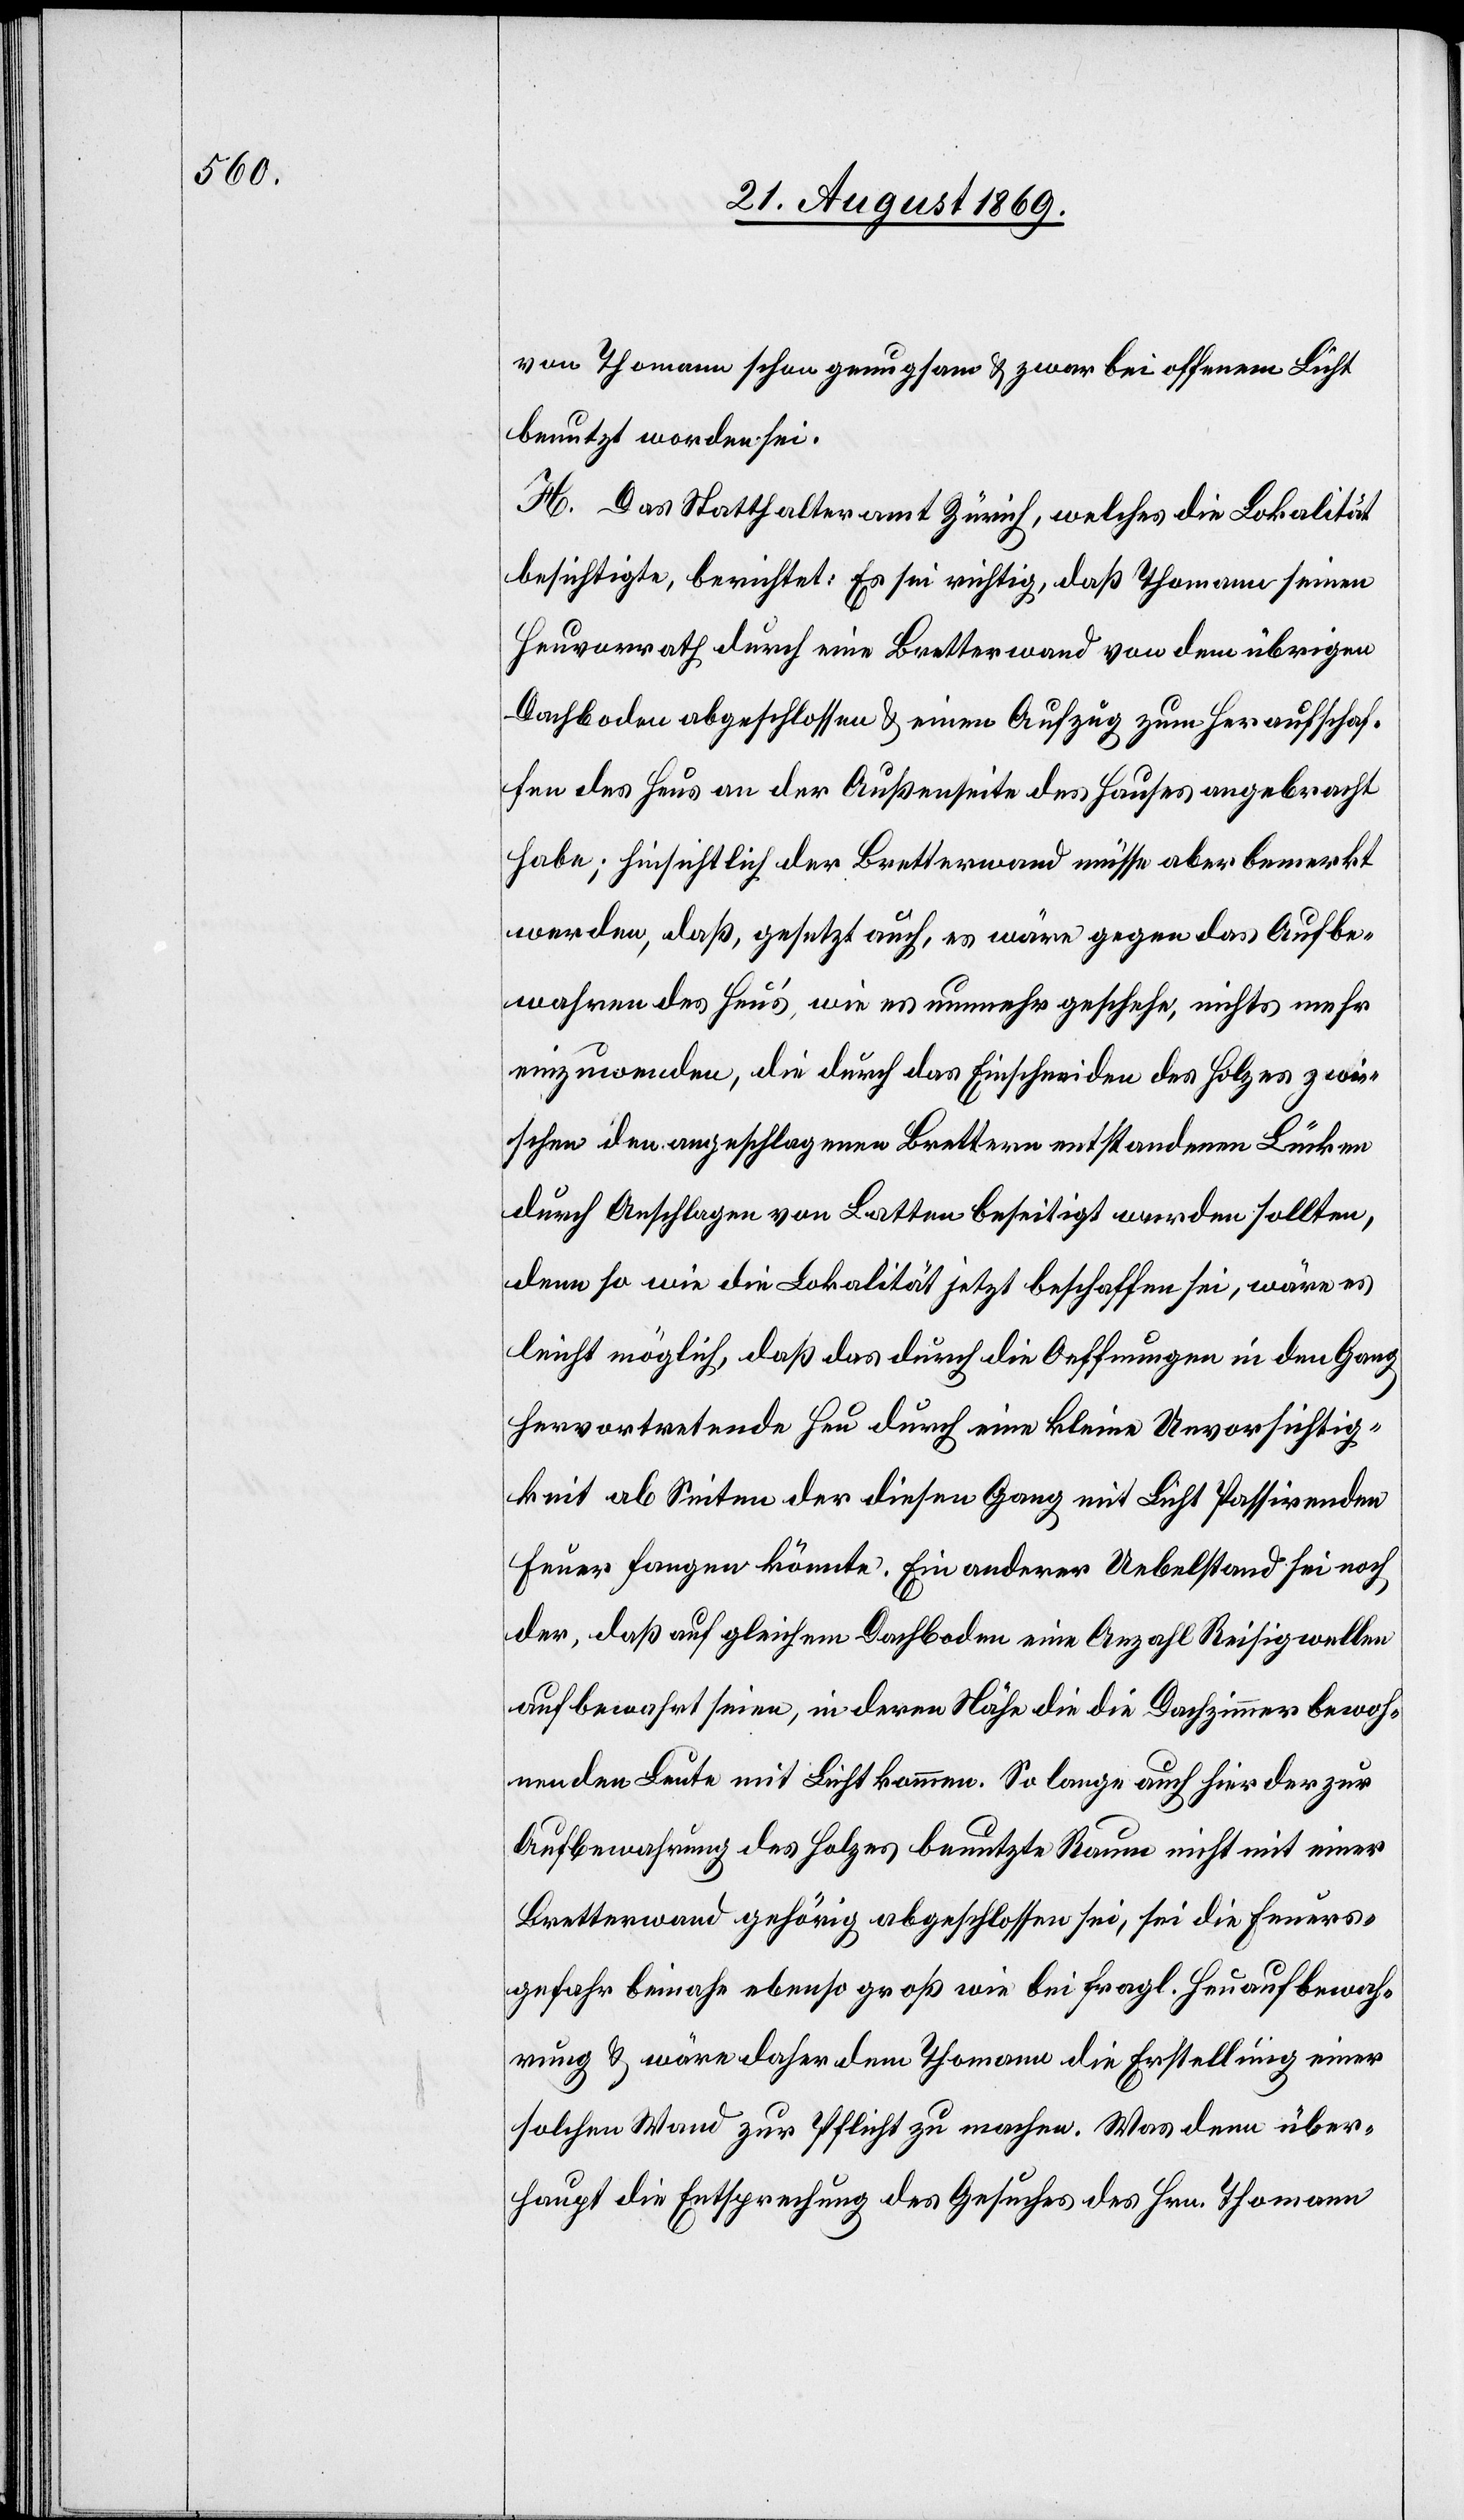
von Thomann schon genugsam & zwar bei offenem Licht
benutzt worden sei.
H. Das Statthalteramt Zürich, welches die Lokalität
besichtigte, berichtet: Es sei richtig, daß Thomann seinen
Heuvorrath durch eine Bretterwand von dem übrigen
Dachboden abgeschlossen & einen Aufzug zum Heraufschaf¬
fen des Heus an der Außenseite des Hauses angebracht
habe; hinsichtlich der Bretterwand müsse aber bemerkt
werden, daß, gesetzt auch, es wäre gegen das Aufbe¬
wahren des Heus’, wie es nunmehr geschehe, nichts mehr
einzuwenden, die durch das Einschneiden des Holzes zwi¬
schen den angeschlagenen Brettern entstandenen Lücken
durch Anschlagen von Latten beseitigt werden sollten,
denn so wie die Lokalität jetzt beschaffen sei, wäre es
leicht möglich, daß das durch die Oeffnungen in den Gang
hervortretende Heu durch eine kleine Unvorsichtig¬
keit ab Seiten der diesen Gang mit Licht Passirenden
Feuer fangen könnte. Ein anderer Uebelstand sei noch
der, daß auf gleichem Dachboden eine Anzahl Reisigwellen
aufbewahrt seien, in deren Nähe die die Dachzimmer bewoh¬
nenden Leute mit Licht kommen. So lange auch hier der zur
Aufbewahrung des Holzes benutzte Raum nicht mit einer
Bretterwand gehörig abgeschlossen sei, sei die Feuers¬
gefahr beinahe ebenso groß wie bei fragl. Heuaufbewah¬
rung & wäre daher dem Thomann die Erstellung einer
solchen Wand zur Pflicht zu machen. Was denn über¬
haupt die Entsprechung des Gesuches des Hrn. Thomann